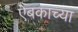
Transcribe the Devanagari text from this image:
ऐबकाच्या